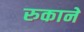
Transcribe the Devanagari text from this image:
रुकाने